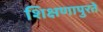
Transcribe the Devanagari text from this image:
शिक्षणापुरते